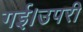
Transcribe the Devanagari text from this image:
गई।उपरी